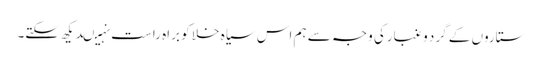
ستاروں کے گرد وغبارکی وجہ سے ہم اس سیاہ خلا کو براہ راست نہیںدیکھ سکتے۔